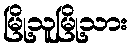
မြို့သူမြို့သား